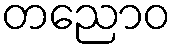
တညောဝ